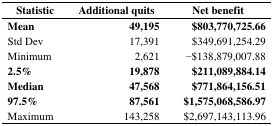
| Statistic | Additional quits | Net benefit |
 | --- | --- | --- |
 | Mean | 49,195 | $803,770,725.66 |
 | Std Dev | 17,391 | $349,691,254.29 |
 | Minimum | 2,621 | −$138,879,007.88 |
 | 2.5% | 19,878 | $211,089,884.14 |
 | Median | 47,568 | $771,864,156.51 |
 | 97.5% | 87,561 | $1,575,068,586.97 |
 | Maximum | 143,258 | $2,697,143,113.96 |